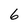
Character: 6